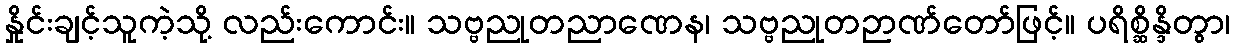
နှိုင်းချင့်သူကဲ့သို့ လည်းကောင်း။ သဗ္ဗညုတညာဏေန၊ သဗ္ဗညုတဉာဏ်တော်ဖြင့်။ ပရိစ္ဆိန္ဒိတွာ၊